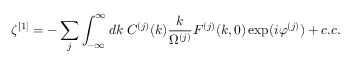
\zeta ^ { [ 1 ] } = - \sum _ { j } \int _ { - \infty } ^ { \infty } d k \; C ^ { ( j ) } ( k ) \frac { k } { \Omega ^ { ( j ) } } F ^ { ( j ) } ( k , 0 ) \exp ( i \varphi ^ { ( j ) } ) + c . c .